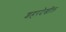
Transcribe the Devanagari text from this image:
शहरदेखील